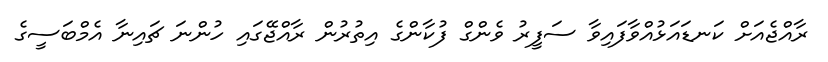
ރާއްޖެއަށް ކަނޑައަޅުއްވާފައިވާ ސަފީރު ވެންގް ފުކާންގެ އިތުރުން ރާއްޖޭގައި ހުންނަ ޗައިނާ އެމްބަސީގެ